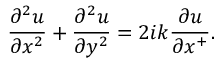
{ \frac { \partial ^ { 2 } u } { \partial x ^ { 2 } } } + { \frac { \partial ^ { 2 } u } { \partial y ^ { 2 } } } = 2 i k { \frac { \partial u } { \partial x ^ { + } } } .